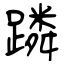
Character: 蹸